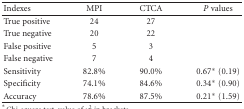
| Indexes | MPI | CTCA | P values |
 | --- | --- | --- | --- |
 | True positive | 24 | 27 |  |
 | True negative | 20 | 22 |  |
 | False positive | 5 | 3 |  |
 | False negative | 7 | 4 |  |
 | Sensitivity | 82.8% | 90.0% | 0.67∗ (0.19) |
 | Specificity | 74.1% | 84.6% | 0.34∗ (0.90) |
 | Accuracy | 78.6% | 87.5% | 0.21∗ (1.59) |